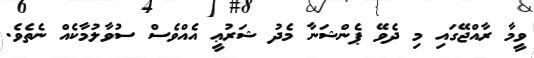
ވީމާ ރާއްޖޭގައި މި ދެވޭ ޕެންޝަނާ މެދު ޝަރުޢީ އެއްވެސް ސުވާލުމާކެއް ނެތެވެ.